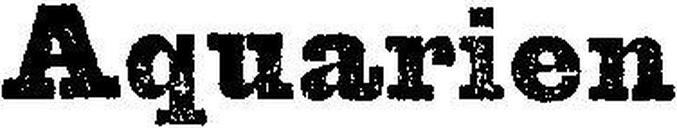
Aquarien